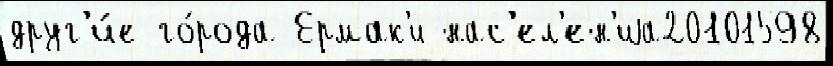
друг'и́е го́рода Ермак'и нас'ел'ен'иjа20101598